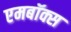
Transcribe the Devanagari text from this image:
एमबॉक्स